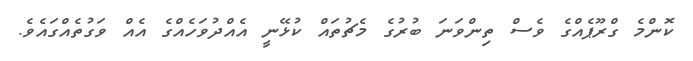
ކޮންމެ ގްރޫޕެއްގެ ވެސް ތިންވަނަ ބުރުގެ މެޗުތައް ކުޅޭނީ އެއްދުވަހެއްގެ އެއް ވަގުތެއްގައެވެ.